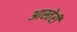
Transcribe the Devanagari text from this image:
आस्तेरी